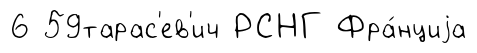
6 59тарас'ев'ич РСНГ Фра́нциjа